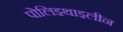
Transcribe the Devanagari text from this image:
पोलिइथाइलीन